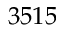
3 5 1 5